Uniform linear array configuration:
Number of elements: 64
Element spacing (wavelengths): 0.25
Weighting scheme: binomial
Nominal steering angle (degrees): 0
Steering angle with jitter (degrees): -1.673
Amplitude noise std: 0.05
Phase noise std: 0.05

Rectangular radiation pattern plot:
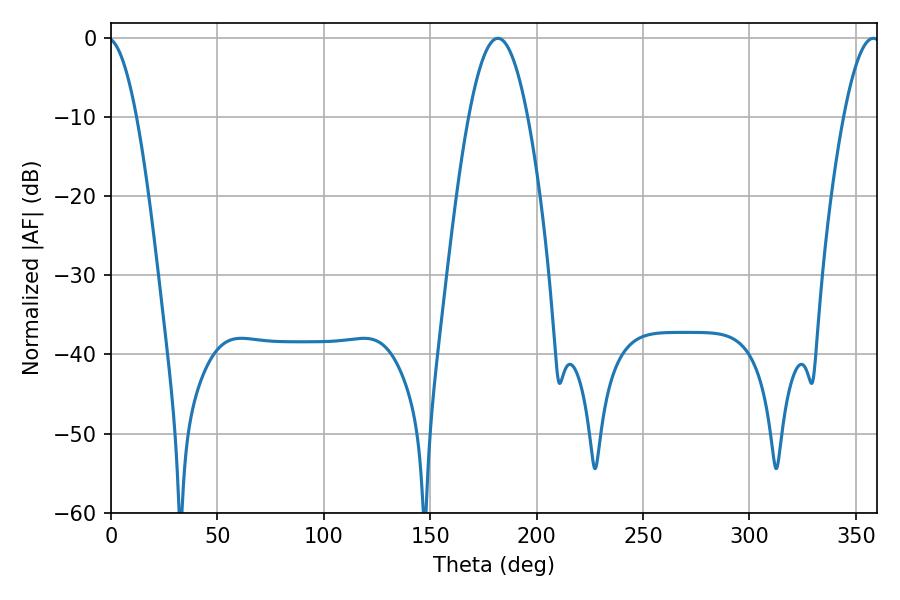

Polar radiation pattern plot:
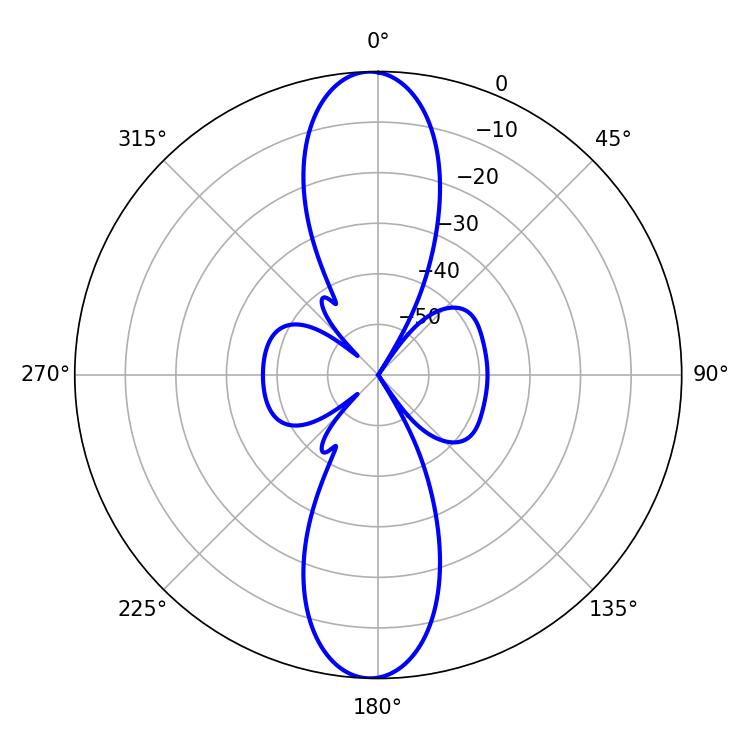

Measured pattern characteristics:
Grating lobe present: FALSE
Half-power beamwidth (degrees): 15.12
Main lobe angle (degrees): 181.8